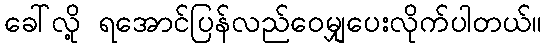
ခေါ်လို့ ရအောင်ပြန်လည်ဝေမျှပေးလိုက်ပါတယ်။